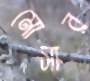
মোসার